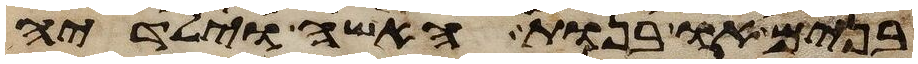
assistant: בנים או בנות האשה וילידיה